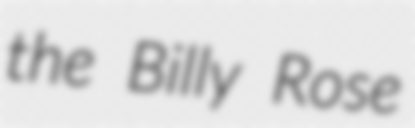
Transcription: the Billy Rose